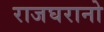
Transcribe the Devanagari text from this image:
राजघरानो